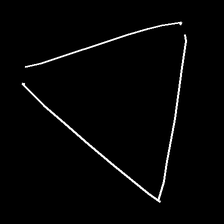
Glyph: convergence